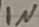
Text: IN